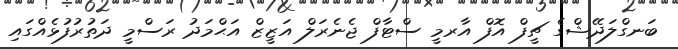
ބަނގްލަދޭޝްގެ ޗީފް އޮފް އާރމީ ސްޓާފް ޖެނެރަލް އަޒީޒް އަޙްމަދު ރަސްމީ ދަތުރުފުޅެއްގައި